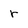
Character: r